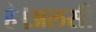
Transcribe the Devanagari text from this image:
है।अलसी